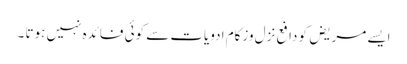
ایسے مریض کو دافع نزل وزکام ادویات سے کوئی فائدہ نہیں ہوتا ۔